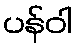
ပန်ဝါ